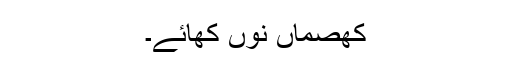
کھصماں نوں کھائے۔